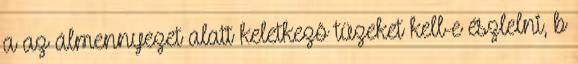
a az álmennyezet alatt keletkezõ tüzeket kell-e észlelni, b